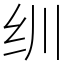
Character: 𬘓